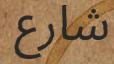
شارع